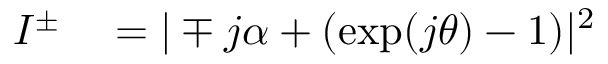
\begin{array} { r l } { I ^ { \pm } } & { { } = | \mp j \alpha + ( \exp ( j \theta ) - 1 ) | ^ { 2 } } \end{array}